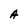
Character: A